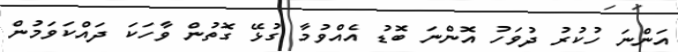
އަންނަ ހުކުރު ދުވަހު އޮންނަ ބޮޑު އެއްވުމާ ގުޅޭ ގޮތުން ވާހަކަ ދައްކަވަމުން